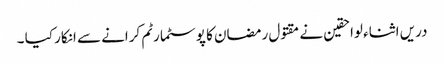
دریں اثناء لواحقین نے مقتول رمضان کا پوسٹمارٹم کرانے سے انکار کیا ۔